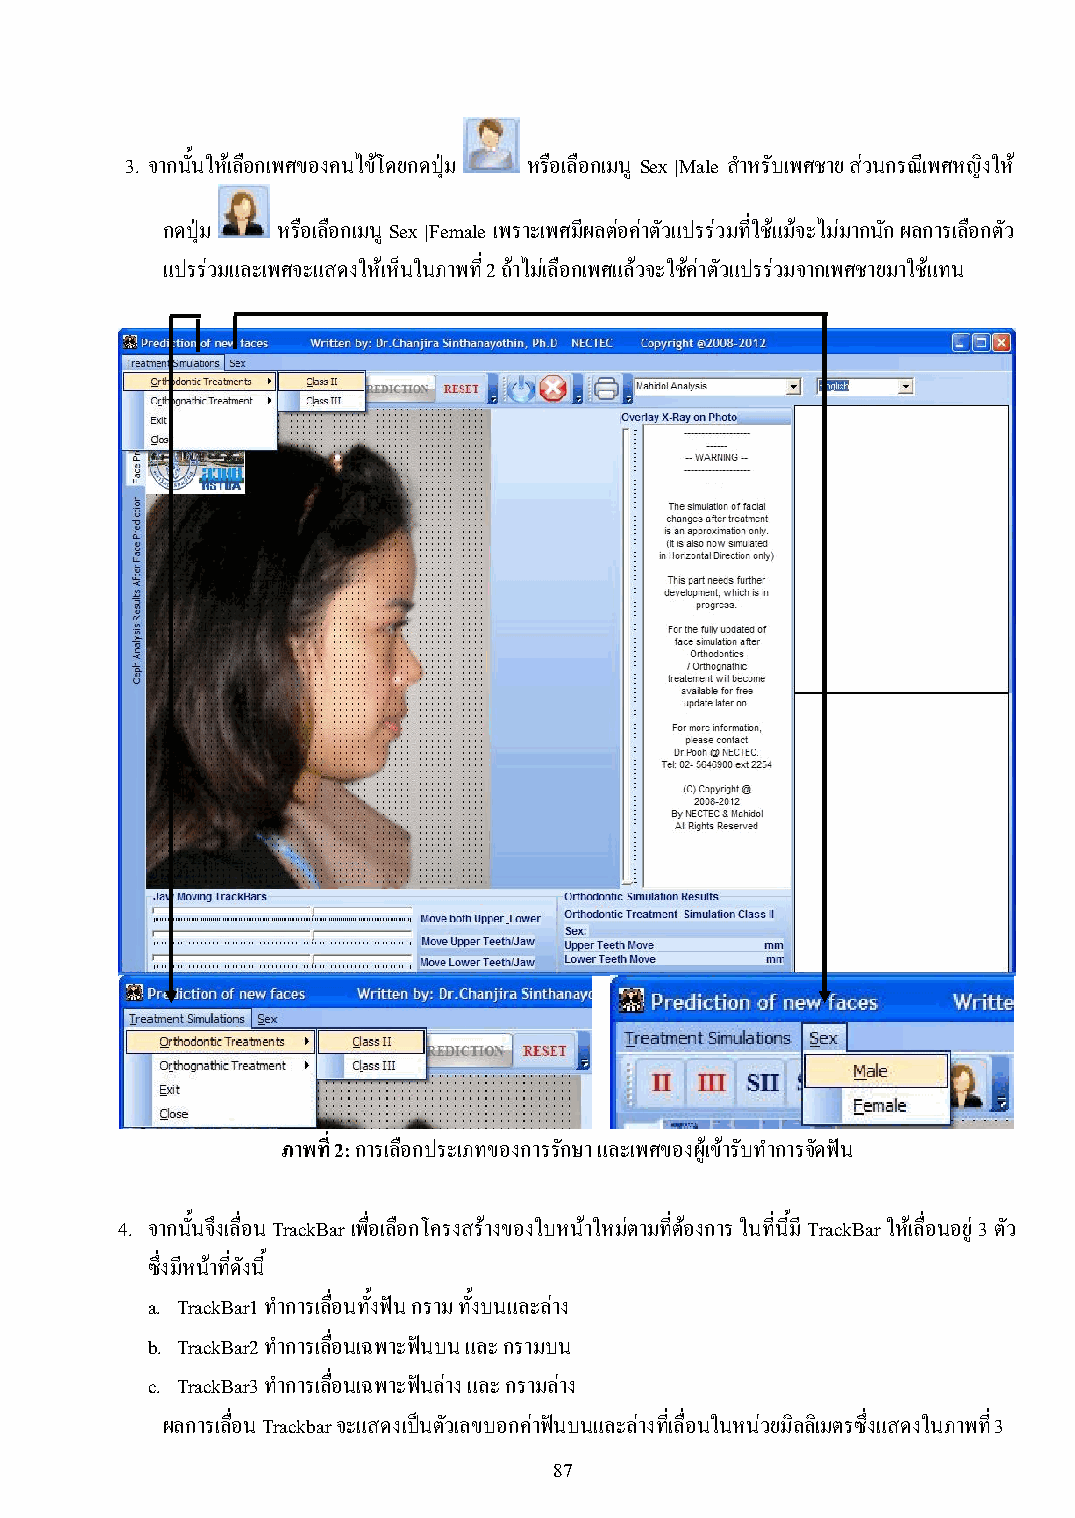
3. จากนั้นใหเ้ลือกเพศของคนไข้โดยกดปุ่ม หรือเลือกเมนู Sex |Male ส าหรับเพศชาย ส่วนกรณีเพศหญิงให้
 กดปุ่ม หรือเลือกเมนู Sex |Female เพราะเพศมีผลต่อค่าตัวแปรร่วมที่ใช้แม้จะไม่มากนัก ผลการเลือกตัว
 แปรร่วมและเพศจะแสดงให้เห็นในภาพที่ 2 ถ้าไม่เลือกเพศแล้วจะใช้ค่าตัวแปรร่วมจากเพศชายมาใช้แทน
 ภาพที่ 2: การเลือกประเภทของการรักษา และเพศของผู้เข้ารับท าการจัดฟัน
 4. จากนั้นจึงเลื่อน TrackBar เพื่อเลือกโครงสร้างของใบหน้าใหม่ตามที่ต้องการ ในที่นี้มี TrackBar ให้เลื่อนอยู่ 3 ตัว
 ซึ่งมีหน้าที่ดังนี้
 a. TrackBar1 ท าการเลื่อนทั้งฟัน กราม ทั้งบนและล่าง
 b. TrackBar2 ท าการเลื่อนเฉพาะฟันบน และ กรามบน
 c. TrackBar3 ท าการเลื่อนเฉพาะฟันล่าง และ กรามล่าง
 ผลการเลื่อน Trackbar จะแสดงเป็นตัวเลขบอกค่าฟันบนและล่างที่เลื่อนในหน่วยมิลลิเมตรซึ่งแสดงในภาพที่ 3
 87